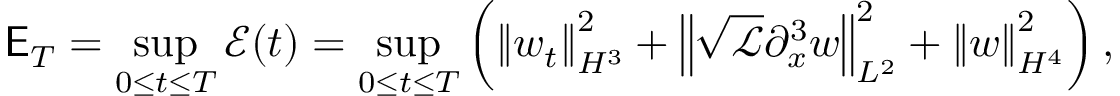
\mathsf { E } _ { T } = \displaystyle \operatorname* { s u p } _ { 0 \leq t \leq T } \mathcal { E } ( t ) = \displaystyle \operatorname* { s u p } _ { 0 \leq t \leq T } \left( \left\| w _ { t } \right\| _ { H ^ { 3 } } ^ { 2 } + \left\| \sqrt { \mathscr { L } } \partial _ { x } ^ { 3 } w \right\| _ { L ^ { 2 } } ^ { 2 } + \left\| w \right\| _ { H ^ { 4 } } ^ { 2 } \right) ,